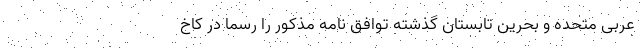
عربی متحده و بحرین تابستان گذشته توافق نامه مذکور را رسماً در کاخ